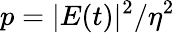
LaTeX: p=|E(t)|^{2}/\eta^{2}